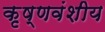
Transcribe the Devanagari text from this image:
कृष्णवंशीय